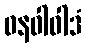
ဓနဝါဝါဒံ